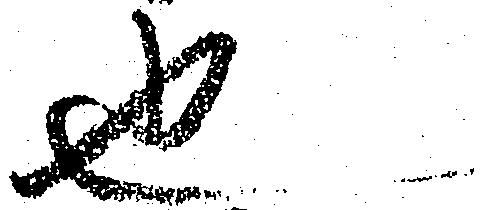
也